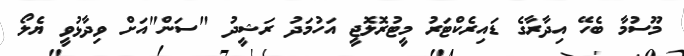
މޫސުމާ ބެހޭ އިދާރާގެ ޑައިރެކްޓަރު މީޓުރޮލޮޖީ އަހުމަދު ރަޝީދު "ސަން"އަށް ވިދާޅުވީ ޔެލޯ